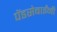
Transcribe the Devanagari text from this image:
पेंडसेबाईंनी